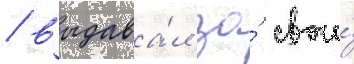
/ выдава́л за́ свои́